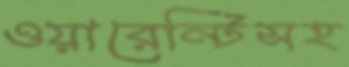
ওয়ারেন্টিসহ